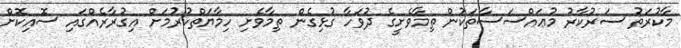
މާކުރަތު ސަރުކާރު މުޢައްސަސާތަކުން ތިމާވެށީގެ ދުވަހާ ގުޅިގެން ތިމާވެށި ހިމާޔަތްކުރުމަށް އިގުރާރެއްގައި ސޮއިކޮށް